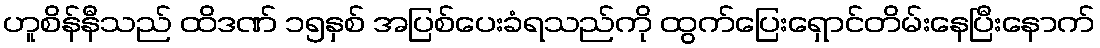
ဟူစိန်နီသည် ထိဒဏ် ၁၅နှစ် အပြစ်ပေးခံရသည်ကို ထွက်ပြေးရှောင်တိမ်းနေပြီးနောက်